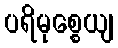
ပရိမုစ္စေယျ